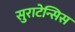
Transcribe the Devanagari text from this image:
सुराटेन्सिस